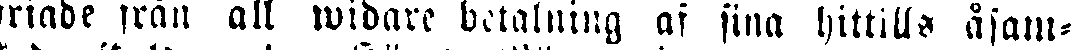
rtade från all widare betalning af sina hittills åsam-